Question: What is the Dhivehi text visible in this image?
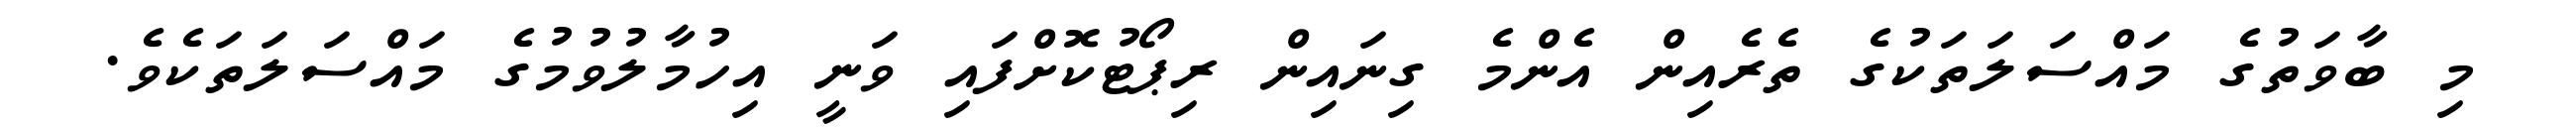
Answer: މި ބާވަތުގެ މައްސަލަތަކުގެ ތެރެއިން އެންމެ ގިނައިން ރިޕޯޓުކޮށްފައި ވަނީ އިހުމާލުވުމުގެ މައްސަލަތަކެވެ.